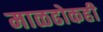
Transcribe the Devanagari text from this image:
माळढोकही